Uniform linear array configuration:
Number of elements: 64
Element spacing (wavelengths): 1
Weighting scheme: binomial
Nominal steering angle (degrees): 30
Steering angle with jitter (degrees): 30.662
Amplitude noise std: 0.05
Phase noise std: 0.05

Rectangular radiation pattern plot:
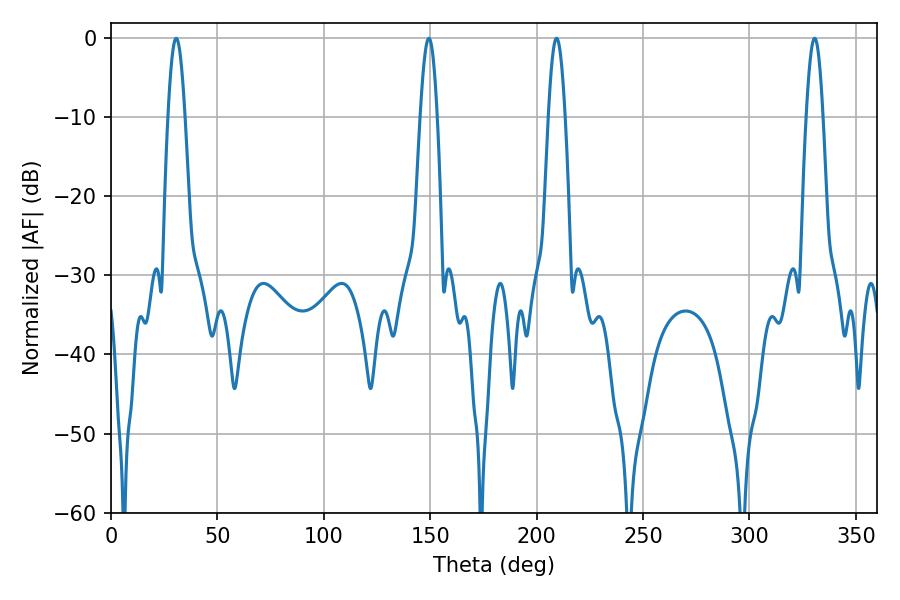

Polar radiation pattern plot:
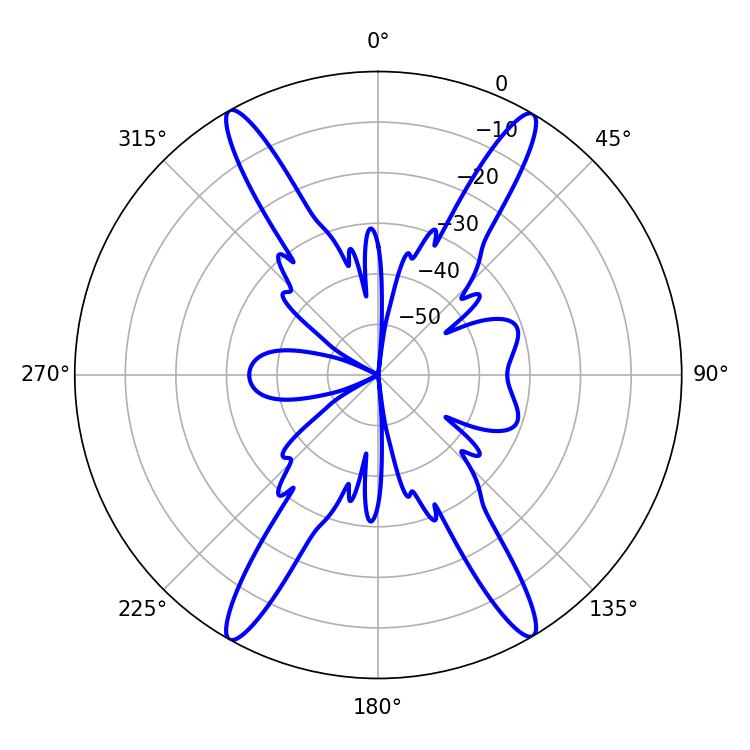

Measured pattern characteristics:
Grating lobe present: TRUE
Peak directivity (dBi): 26.185
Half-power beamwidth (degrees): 4.14
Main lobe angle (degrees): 209.34